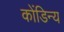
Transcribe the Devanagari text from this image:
कोंडिन्य